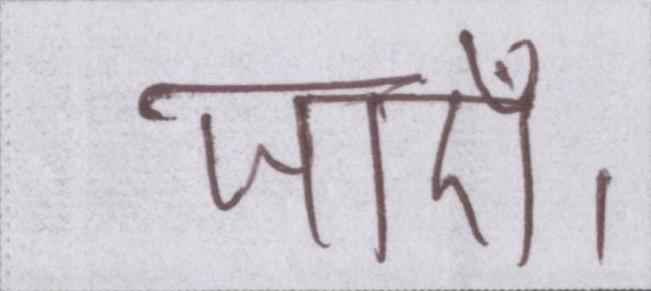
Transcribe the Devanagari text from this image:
जाएँ।